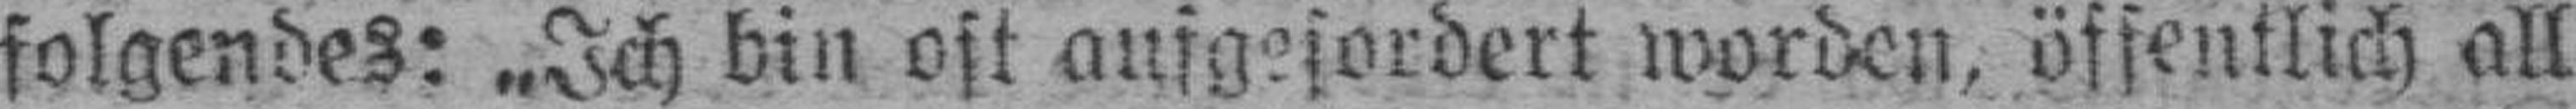
folgendes: „Ich bin oft anfgesordert worden, öffentlich all